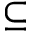
\subseteq